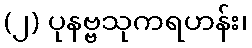
(၂) ပုနဗ္ဗသုကရဟန်း၊